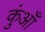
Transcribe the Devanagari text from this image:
कुंआँ